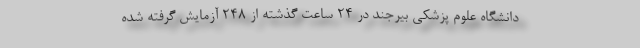
دانشگاه علوم پزشکی بیرجند در ۲۴ ساعت گذشته از ۲۴۸ آزمایش گرفته شده